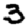
Digit: 3